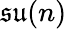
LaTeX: {\mathfrak{su}}(n)